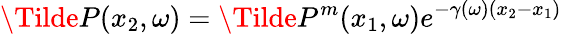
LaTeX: \Tilde{P}(x_{2},\omega)=\Tilde{P}^{m}(x_{1},\omega)e^{-\gamma(\omega)(x_{2}-x_{1})}